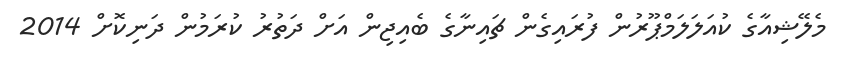
މެލޭޝިއާގެ ކުއަލަލަމްޕޫރުން ފުރައިގެން ޗައިނާގެ ބެއިޖިން އަށް ދަތުރު ކުރަމުން ދަނިކޮށް 2014